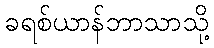
ခရစ်ယာန်ဘာသာသို့